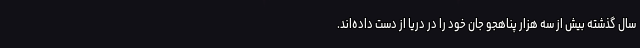
سال گذشته بیش از سه هزار پناهجو جان خود را در دریا از دست داده‌اند.